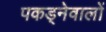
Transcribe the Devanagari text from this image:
पकड्नेवालों